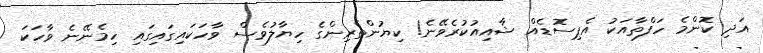
އަދި ކޮންމެ ހަފްތާއަކު އެޕިސޮޑެއް ޝާއިއުކުރެވޭނެ! ކިޔުންތެރިންގެ ހިޔާލުވެސް ވާހަކައިގައިގައި ހިމެނޭނެ ވާހަކަ